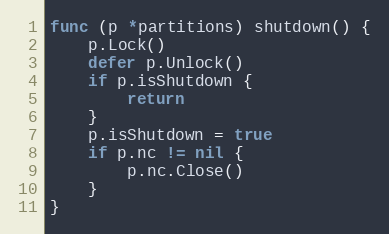
Language: Go
func (p *partitions) shutdown() {
	p.Lock()
	defer p.Unlock()
	if p.isShutdown {
		return
	}
	p.isShutdown = true
	if p.nc != nil {
		p.nc.Close()
	}
}